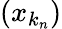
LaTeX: (x_{k_{n}})